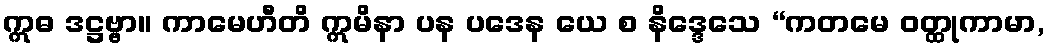
ဣဓ ဒဋ္ဌဗ္ဗာ။ ကာမေဟီတိ ဣမိနာ ပန ပဒေန ယေ စ နိဒ္ဒေသေ “ကတမေ ဝတ္ထုကာမာ,